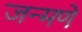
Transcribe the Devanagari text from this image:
जन्मणे